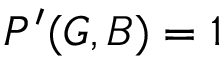
P ^ { \prime } ( G , B ) = 1